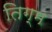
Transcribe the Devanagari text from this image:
तिग्म